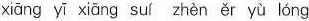
xiāng yī xiāng suí zhèn ěr yù lóng